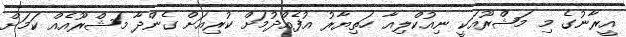
އީރާނުގެ މި މަޝްރޫއަކީ ނިއުކްލިއާ ހަތިޔާރު އުފެއްދުމަށް ކުރިއަށް ގެންދާ މަޝްރޫއެއް ކަމަށް